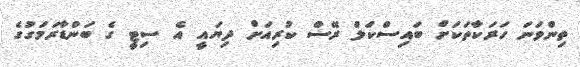
ތިންވަނަ ހަރަކާތަކަށް ބައިސްކަލް ރޭސް ކުރިއަށް ދިޔައީ އެ ސިޓީ ގެ ބަންޑާރަމަގުގެ